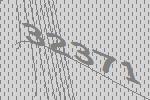
32371